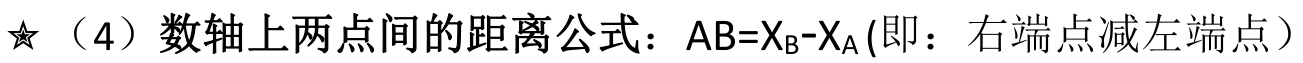
★（4）数轴上两点间的距离公式：\(AB = X_B - X_A\) (即：右端点减左端点）